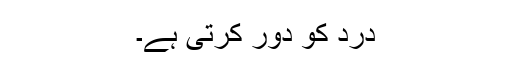
درد کو دُور کرتی ہے۔